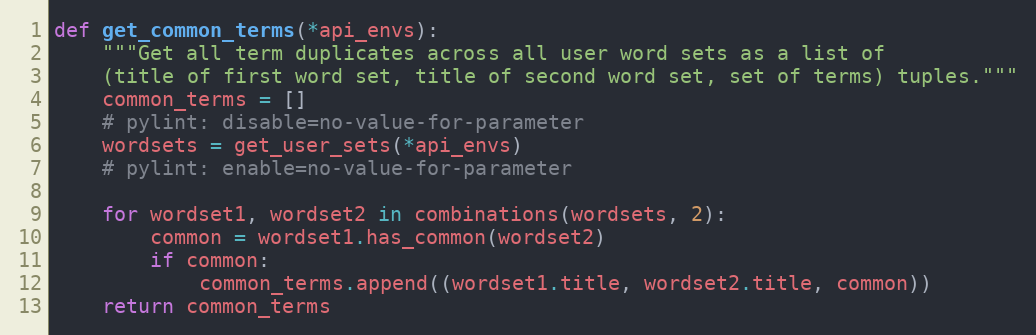
Language: Python
def get_common_terms(*api_envs):
    """Get all term duplicates across all user word sets as a list of
    (title of first word set, title of second word set, set of terms) tuples."""
    common_terms = []
    # pylint: disable=no-value-for-parameter
    wordsets = get_user_sets(*api_envs)
    # pylint: enable=no-value-for-parameter

    for wordset1, wordset2 in combinations(wordsets, 2):
        common = wordset1.has_common(wordset2)
        if common:
            common_terms.append((wordset1.title, wordset2.title, common))
    return common_terms